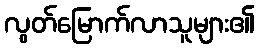
လွတ်မြောက်လာသူများ၏